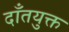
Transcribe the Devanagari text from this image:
दाँतयुक्त